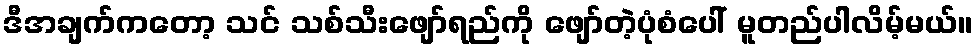
ဒီအချက်ကတော့ သင် သစ်သီးဖျော်ရည်ကို ဖျော်တဲ့ပုံစံပေါ် မူတည်ပါလိမ့်မယ်။